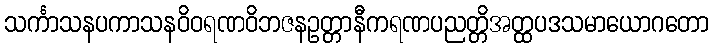
သင်္ကာသနပကာသနဝိဝရဏဝိဘဇနဥတ္တာနီကရဏပညတ္တိအတ္ထပဒသမာယောဂတော